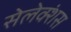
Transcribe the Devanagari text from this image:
सेलेक्शंस